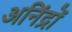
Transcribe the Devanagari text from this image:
अनिंद्रों